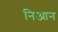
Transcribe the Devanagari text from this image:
निआन